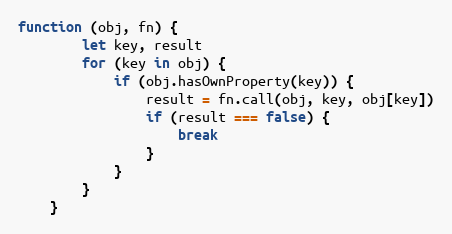
Language: JavaScript
function (obj, fn) {
        let key, result
        for (key in obj) {
            if (obj.hasOwnProperty(key)) {
                result = fn.call(obj, key, obj[key])
                if (result === false) {
                    break
                }
            }
        }
    }